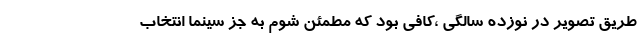
طریق تصویر در نوزده سالگی ،کافی بود که مطمئن شوم به جز سینما انتخاب